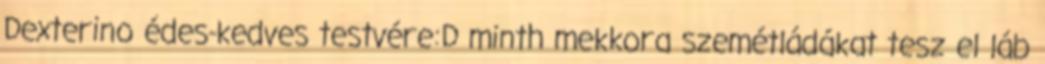
Dexterino édes-kedves testvére:D minth mekkora szemétládákat tesz el láb